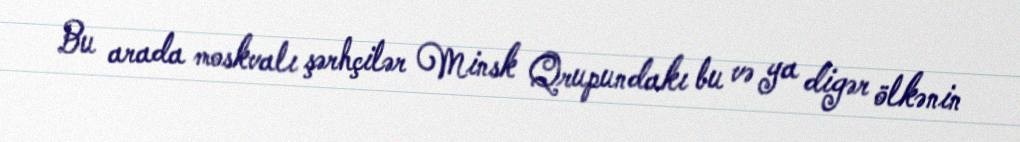
Bu arada moskvalı şərhçilər Minsk Qrupundakı bu və ya digər ölkənin